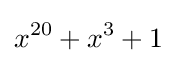
x^{20}+x^{3}+1